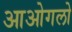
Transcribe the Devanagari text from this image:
आओगलो